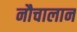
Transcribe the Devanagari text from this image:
नौचालान